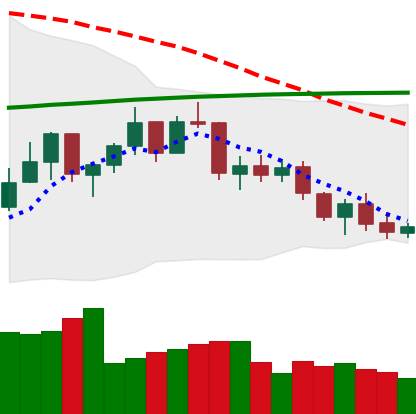
Ticker: ETH-USD
Chart end date: 2021-07-17
Forward return: 6.656%
Label: up_5_7